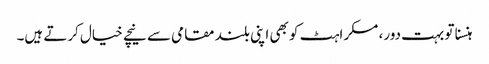
ہنسنا تو بہت دور، مسکراہٹ کو بھی اپنی بلند مقامی سے نیچے خیال کرتے ہیں۔